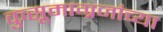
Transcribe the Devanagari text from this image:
कुसूमाग्रजांच्‍या